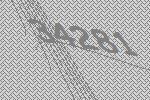
34281